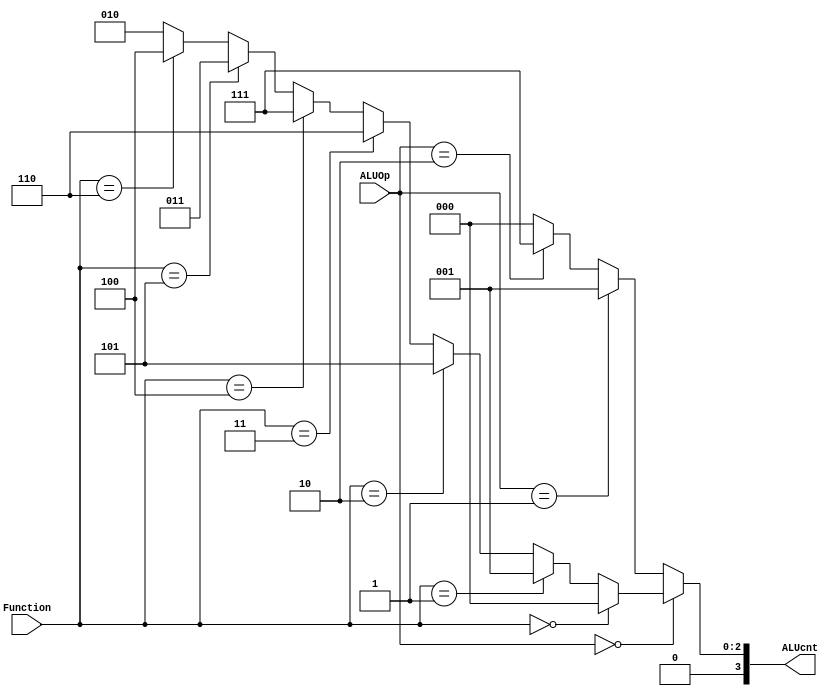
`timescale 1ns / 1ps
//////////////////////////////////////////////////////////////////////////////////
// Company: 
// Engineer: 
// 
// Design Name: 
// Module Name:    ALUControlUnit 
// Project Name: 
// Target Devices: 
// Tool versions: 
// Description: 
//
// Dependencies: 
//
// Revision: 
// Revision 0.01 - File Created
// Additional Comments: 
//
//////////////////////////////////////////////////////////////////////////////////
module ALUControlUnit(
	input [2:0] ALUOp,
	input [5:0] Function,
	output [3:0] ALUcnt
    );

	assign ALUcnt = ALUOp == 3'b000 ? (Function == 6'b000000 ? 4'b0000 :
												 Function == 6'b000001 ? 4'b0001 :
												 Function == 6'b000010 ? 4'b0101 :
												 Function == 6'b000011 ? 4'b0110 :
												 Function == 6'b000100 ? 4'b0111 :
												 Function == 6'b000101 ? 4'b0011 :
												 Function == 6'b000110 ? 4'b0100 :
												 Function == 6'b000111 ? 4'b0010 :		
												 4'b0010) :
						ALUOp == 3'b001 ? 4'b0001 :
						ALUOp == 3'b010 ? 4'b0111 :
						ALUOp == 3'b011 ? 4'b0000 : 4'b0000;
endmodule